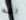
انه